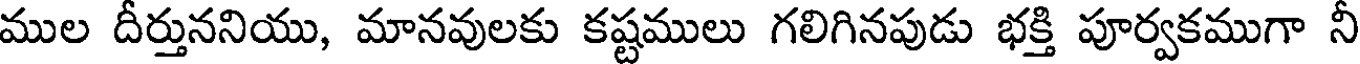
ముల దీర్తుననియు, మానవులకు కష్టములు గలిగినపుడు భక్తి పూర్వకముగా నీ